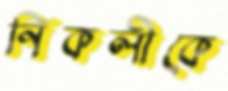
নিকলীকে